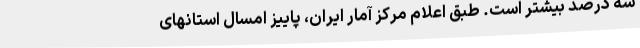
سه درصد بیشتر است. طبق اعلام مرکز آمار ایران، پاییز امسال استانهای